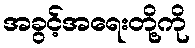
အခွင့်အရေးတို့ကို